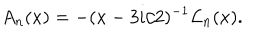
A _ { n } ( x ) = - ( x - 3 i / 2 ) ^ { - 1 } { \cal L } _ { n } ( x ) .